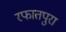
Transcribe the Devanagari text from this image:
रफातपुरा